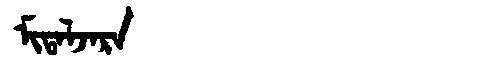
Manchu: ᠮᡳᡨᠠᠯᠵᠠᡵᠠ
Romanization: MITALJARA